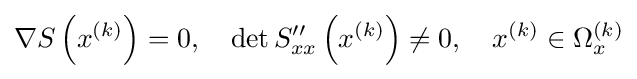
\nabla S\left(x^{(k)}\right)=0,\quad \det S''_{xx}\left(x^{(k)}\right)\neq 0,\quad x^{(k)}\in \Omega _{x}^{(k)}